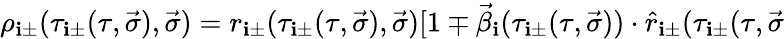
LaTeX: \rho_{\mathbf{i}\pm}(\tau_{\mathbf{i}\pm}(\tau,\vec{{\sigma}}),\vec{{\sigma}})=r_{\mathbf{i}\pm}(\tau_{\mathbf{i}\pm}(\tau,\vec{{\sigma}}),\vec{{\sigma}})[1\mp\vec{{\beta}}_{\mathbf{i}}(\tau_{\mathbf{i}\pm}(\tau,\vec{{\sigma}}))\cdot\hat{{r}}_{\mathbf{i}\pm}(\tau_{\mathbf{i}\pm}(\tau,\vec{{\sigma}}